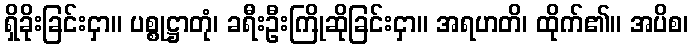
ရှိခိုးခြင်းငှာ။ ပစ္စုဋ္ဌာတုံ၊ ခရီးဦးကြိုဆိုခြင်းငှာ။ အရဟတိ၊ ထိုက်၏။ အပိစ၊